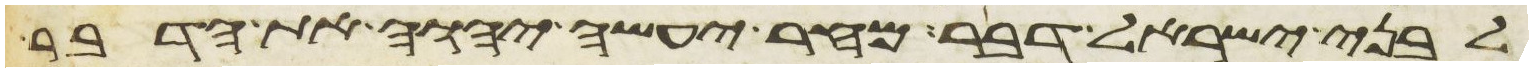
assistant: לבני ישראל דבר מחר יעשה יהוה את הדבר